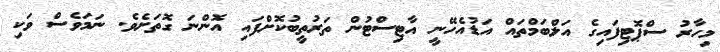
މިހާރު ސްޕޮޓިފައިގެ އަލްބަމްތައް އަޑުއެހޭނީ އާޓިސްޓުން ތަރުތީބުކޮށްފައި އޮންނަ ގޮތަށެވެ. ނަމަވެސް ވަކި